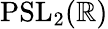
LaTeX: \mathrm{PSL}_{2}(\mathbb{R})